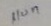
แบท